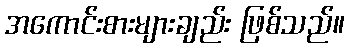
အကောင်းစားများချည်း ဖြစ်သည်။